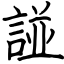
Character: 諩